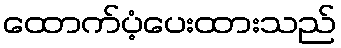
ထောက်ပံ့ပေးထားသည်